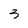
Character: 3